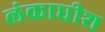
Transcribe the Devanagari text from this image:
लंकाधीश